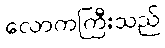
လောကကြီးသည်